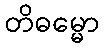
တိဓမ္မော